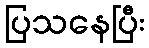
ပြသနေပြီး